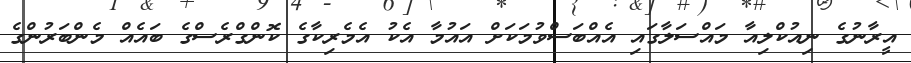
އީރާނުގެ ނިއުކްލިއާ މައްސަލާގައި އެއްބަސްވުމަކަށް އައުމާ އެކު އެމެރިކާގެ ކޮންގްރެސްގެ ބައެއް މެންބަރުންގެ